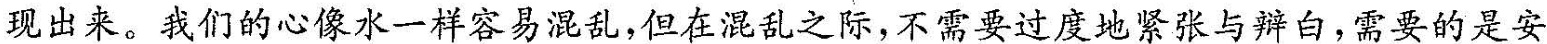
现出来。我们的心像水一样容易混乱，但在混乱之际，不需要过度地几张与辨白，需要的是安